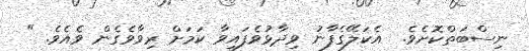
ނިސްބަތްކޮށެވެ.  އެކަލޭގެފާނު ވިދާޅުވެފައިވާ ކަމަށް ރިވާވެގެން ވެއެވެ. "